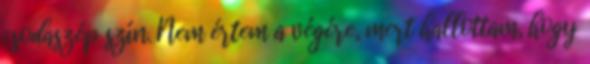
csodaszép szín. Nem értem a végére, mert hallottam, hogy